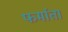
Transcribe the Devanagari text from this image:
फर्माता